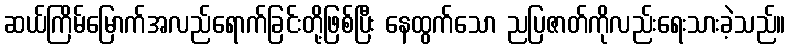
ဆယ်ကြိမ်မြောက်အလည်ရောက်ခြင်းတို့ဖြစ်ပြီး နေထွက်သော ညပြဇာတ်ကိုလည်းရေးသားခဲ့သည်။